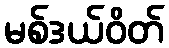
မစ်ဒယ်ဝိတ်